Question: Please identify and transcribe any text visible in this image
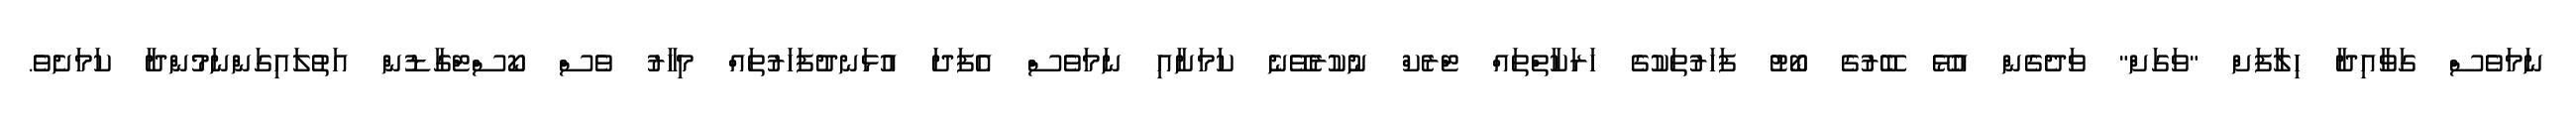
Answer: ނަމަވެސް ގަވާއިދާ ހިލާފަށް "ވަގަށް" ވަދެގެން އުޅޭ ބޭރުގެ ބޯޓު ފަހަރުތަކުގެ ހަރަކާތްތައް ޓްރެކް ނުކުރެވޭނެ ކަމަށާއި ނަމަވެސް އެފަދަ އުޅަނދުފަހަރުތައް މިހާރު ވެސް ކޯސްޓްގާޑުން އަތުލައިގަންނަމުންދާ ކަމަށެވެ.